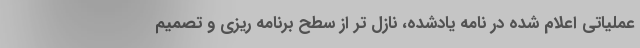
عملیاتی اعلام شده در نامه یادشده، نازل تر از سطح برنامه ریزی و تصمیم